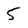
Character: 5